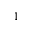
^ { 1 }